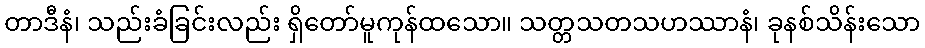
တာဒီနံ၊ သည်းခံခြင်းလည်း ရှိတော်မူကုန်ထသော။ သတ္တသတသဟဿာနံ၊ ခုနစ်သိန်းသော